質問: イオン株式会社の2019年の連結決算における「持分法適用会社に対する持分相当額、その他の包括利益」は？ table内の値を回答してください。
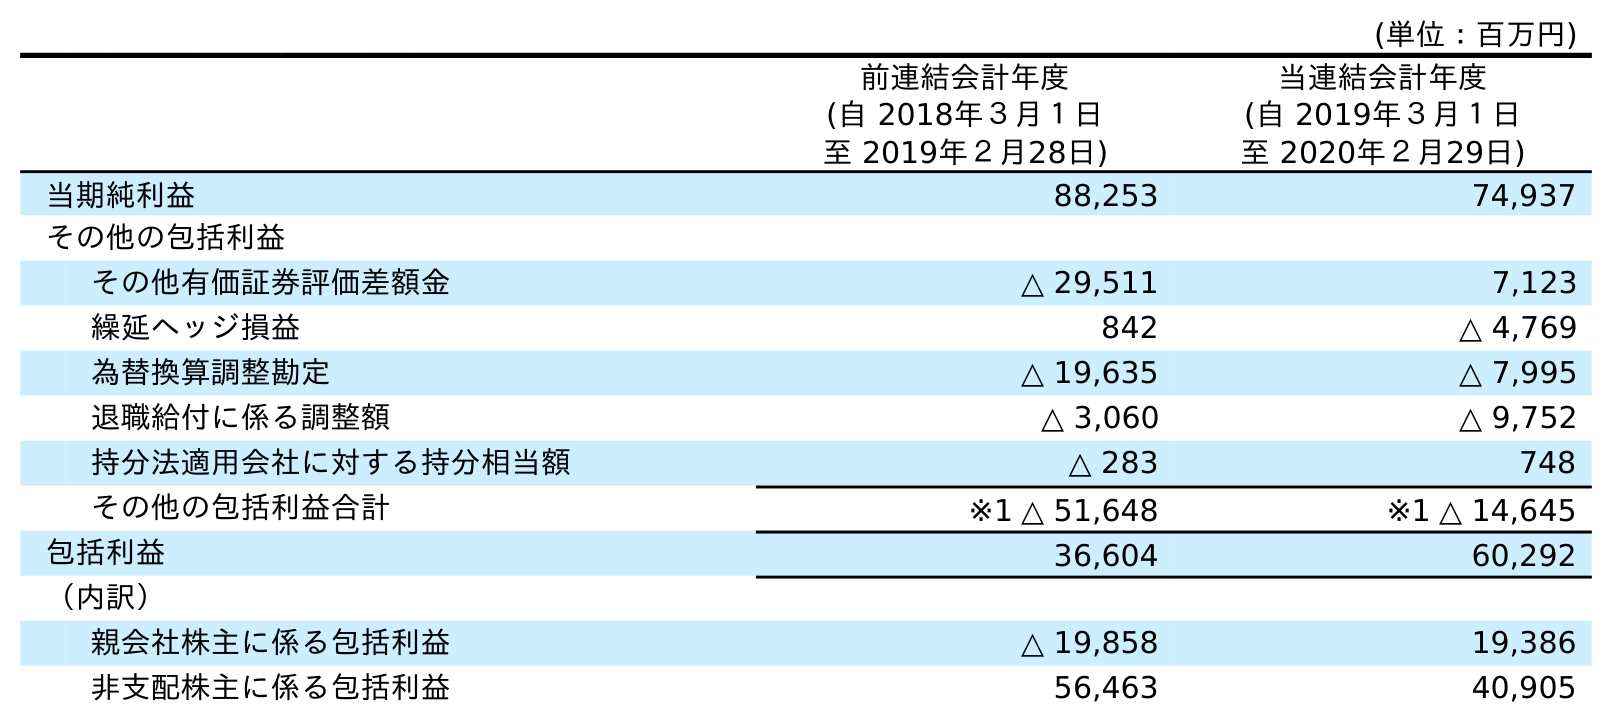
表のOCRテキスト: (単位：百万円) 前連結会計年度 (自 2018年３月１日 至 2019年２月28日) 当連結会計年度 (自 2019年３月１日 至 2020年２月29日) 当期純利益 88,253 74,937 その他の包括利益 その他有価証券評価差額金 △ 29,511 7,123 繰延ヘッジ損益 842 △ 4,769 為替換算調整勘定 △ 19,635 △ 7,995 退職給付に係る調整額 △ 3,060 △ 9,752 持分法適用会社に対する持分相当額 △ 283 748 その他の包括利益合計 ※1 △ 51,648 ※1 △ 14,645 包括利益 36,604 60,292 （内訳） 親会社株主に係る包括利益 △ 19,858 19,386 非支配株主に係る包括利益 56,463 40,905
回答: △283